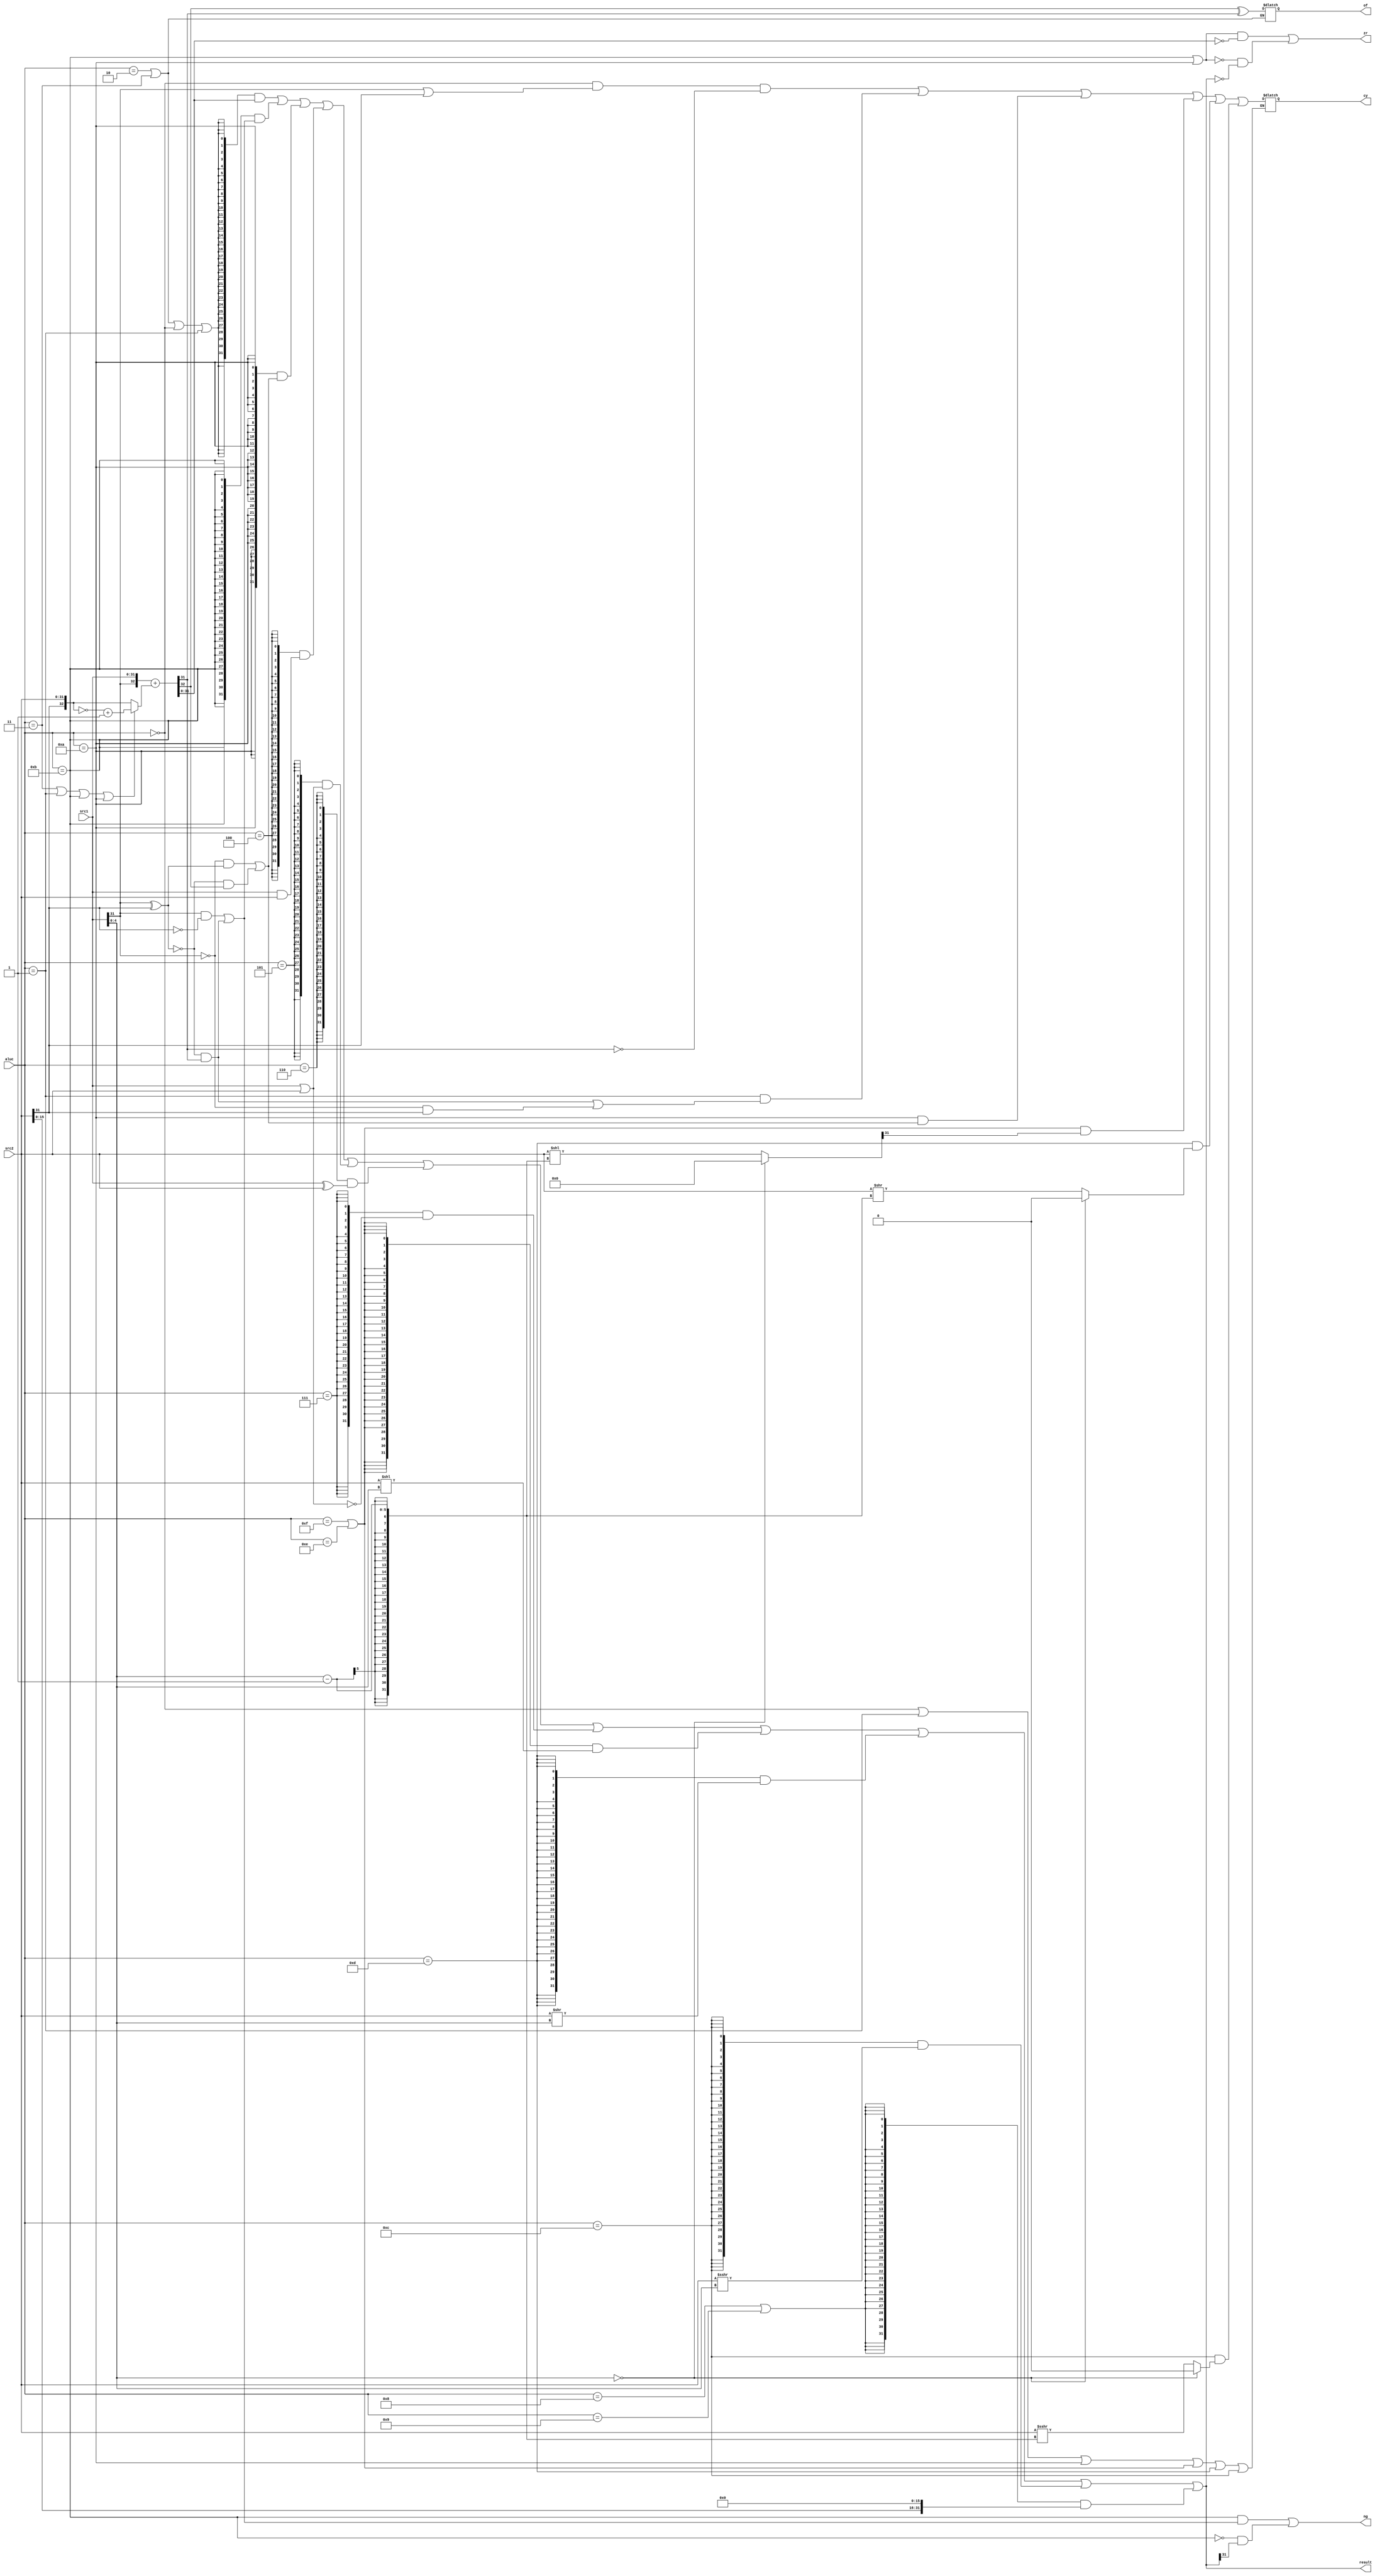
`timescale 1ns / 1ps
//////////////////////////////////////////////////////////////////////////////////
// 
// Design Name: 
// Module Name: ALU
//
//////////////////////////////////////////////////////////////////////////////////


module alu(
    input  wire [ 3:0] aluc,
    input  wire [31:0] src1,
    input  wire [31:0] src2,
    output wire [31:0] result,
    output wire zr,
    output wire cy,
    output wire ng,
    output wire of
);

// operator definition

wire op_addu,       op_add,         op_subu,        op_sub;        
wire op_and,        op_or,          op_xor,         op_nor;
wire op_lui,        op_slt,         op_sltu;
wire op_sra,        op_sll,         op_srl;

assign op_addu  = {aluc[3:0] == 4'b0000};
assign op_add   = {aluc[3:0] == 4'b0010};
assign op_subu  = {aluc[3:0] == 4'b0001};
assign op_sub   = {aluc[3:0] == 4'b0011};
assign op_and   = {aluc[3:0] == 4'b0100};
assign op_or    = {aluc[3:0] == 4'b0101};
assign op_xor   = {aluc[3:0] == 4'b0110};
assign op_nor   = {aluc[3:0] == 4'b0111};
assign op_lui   = {aluc[3:0] == 4'b1000} | {aluc[3:0] == 4'b1001};
assign op_slt   = {aluc[3:0] == 4'b1011};
assign op_sltu  = {aluc[3:0] == 4'b1010};
assign op_sll   = {aluc[3:0] == 4'b1111} | {aluc[3:0] == 4'b1110};
assign op_srl   = {aluc[3:0] == 4'b1101};
assign op_sra   = {aluc[3:0] == 4'b1100};

wire [31:0] add_sub_result;
wire [31:0] and_result;
wire [31:0] or_result;
wire [31:0] xor_result;
wire [31:0] nor_result;
wire [31:0] lui_result;
wire [31:0] slt_result;
wire [31:0] sltu_result;
wire [31:0] sll_result;
wire [31:0] srl_result;
wire [31:0] sra_result;

// result assignment

assign and_result   = src1 & src2;
assign or_result    = src1 | src2;
assign xor_result   = src1 ^ src2;
assign nor_result   = ~or_result;
assign lui_result   = { src2[15:0], 16'd0 };

assign sll_result   = src2 << src1[4:0];
assign srl_result   = src2 >> src1[4:0];
assign sra_result   = ($signed(src2)) >>> src1[4:0];

wire [33:0] adder_a, adder_b, adder_bt;
wire [31:0] adder_result;
wire adder_out;
wire [1:0] adder_of;

assign adder_a  = {{2{src1[31]}}, src1};
assign adder_b = {{2{src2[31]}}, src2};
assign adder_bt  = ( op_sub | op_subu | op_slt | op_sltu ) ? ~adder_b + 1'b1 : adder_b;

assign {adder_out, adder_result} = adder_a + adder_bt;
assign adder_of = {adder_out, adder_result[31]};
assign add_sub_result = adder_result;

assign slt_result[31:1] = 31'b0;
assign slt_result[0]  = (src1[31] & ~ src2[31]) | (~(src1[31]^src2[31]) & adder_result[31]);
assign sltu_result[31:1] = 31'b0;
assign sltu_result[0] = (~src1[31] & (src1[31] ^ src2[31])) | (~(src1[31] ^ src2[31]) & adder_out);     // negative result didn't use adder_out

assign result = ({32{ op_add | op_sub | op_addu | op_subu }} & add_sub_result)
            |   ({32{ op_slt }} & slt_result )
            |   ({32{ op_sltu}} & sltu_result)
            |   ({32{ op_and }} & and_result )
            |   ({32{ op_or  }} & or_result  )
            |   ({32{ op_xor }} & xor_result )
            |   ({32{ op_nor }} & nor_result )
            |   ({32{ op_sll }} & sll_result )
            |   ({32{ op_srl }} & srl_result )
            |   ({32{ op_sra }} & sra_result )
            |   ({32{ op_lui }} & lui_result );

// flag assignment

wire            cy_ena, of_ena;
reg     [0:0]   cy_reg, of_reg;
wire    [31:0]  sll_result_last, srl_result_last, sra_result_last;

assign cy_ena = (op_addu | op_subu | op_sltu | op_sll | op_srl | op_sra);
assign of_ena = (op_add | op_sub);

assign sll_result_last   = (src1[4:0] == 4'b0) ? 32'b0 : src2 << (src1[4:0]-1);
assign srl_result_last   = (src1[4:0] == 4'b0) ? 32'b0 : src2 >> (src1[4:0]-1);
assign sra_result_last   = (src1[4:0] == 4'b0) ? 32'b0 : ($signed(src2)) >>> (src1[4:0]-1);


//cy_ena, of_ena, adder_result, sll_result_last[0], srl_result_last[0], sra_result_last[0], sltu_result[0]

always @(*) begin
    if(cy_ena) begin
        cy_reg =    ((op_addu & (src1[31] == 1'b1 | src2[31] == 1'b1) & adder_result[31] == 1'b0) |
                     (op_subu & ((~(src1[31]^src2[31]) & adder_result[31]) |
                                 (src1[31] == 1'b0 & src2[31] == 1'b1))))
            |       ((op_sltu)   & (sltu_result[0] == 1'b1))
            |        (op_sll     & sll_result_last[31])
            |        (op_srl     & srl_result_last[0])
            |        (op_sra     & sra_result_last[0]);
    end
    if(of_ena) begin
        of_reg = adder_of[1] ^ adder_of[0];
    end
end

assign zr = ((op_slt | op_sltu)   & adder_result == 32'b0)
        ||  (~(op_slt | op_sltu) & result == 32'b0);
assign ng =  (op_slt) & (slt_result[0] == 1'b1)
        |   ~(op_slt) & (result[31] == 1'b1);
        
assign cy = cy_reg;
assign of = of_reg;

endmodule